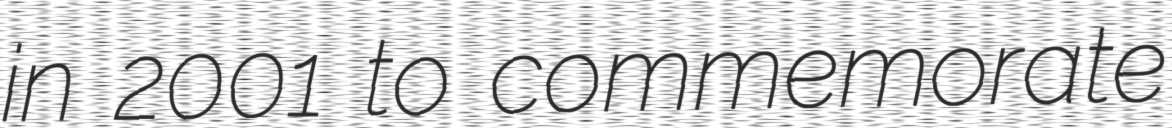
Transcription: in 2001 to commemorate